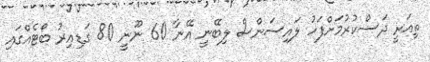
ތިއަރީ ދަސްކުރުމަށްފަހު ލައިސަންސް ލިބޭނީ އޭނާ 60 ނޫނީ 80 ގަޑިއިރު ބޯޓެއްގައި